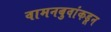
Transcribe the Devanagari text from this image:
वामनबुवांकडून